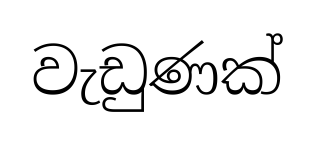
වැඩුණක්